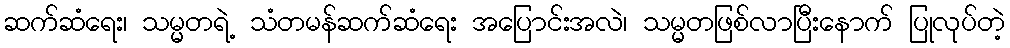
ဆက်ဆံရေး၊ သမ္မတရဲ့ သံတမန်ဆက်ဆံရေး အပြောင်းအလဲ၊ သမ္မတဖြစ်လာပြီးနောက် ပြုလုပ်တဲ့